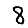
Digit: 8